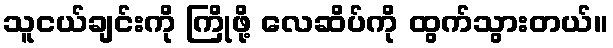
သူငယ်ချင်းကို ကြိုဖို့ လေဆိပ်ကို ထွက်သွားတယ်။